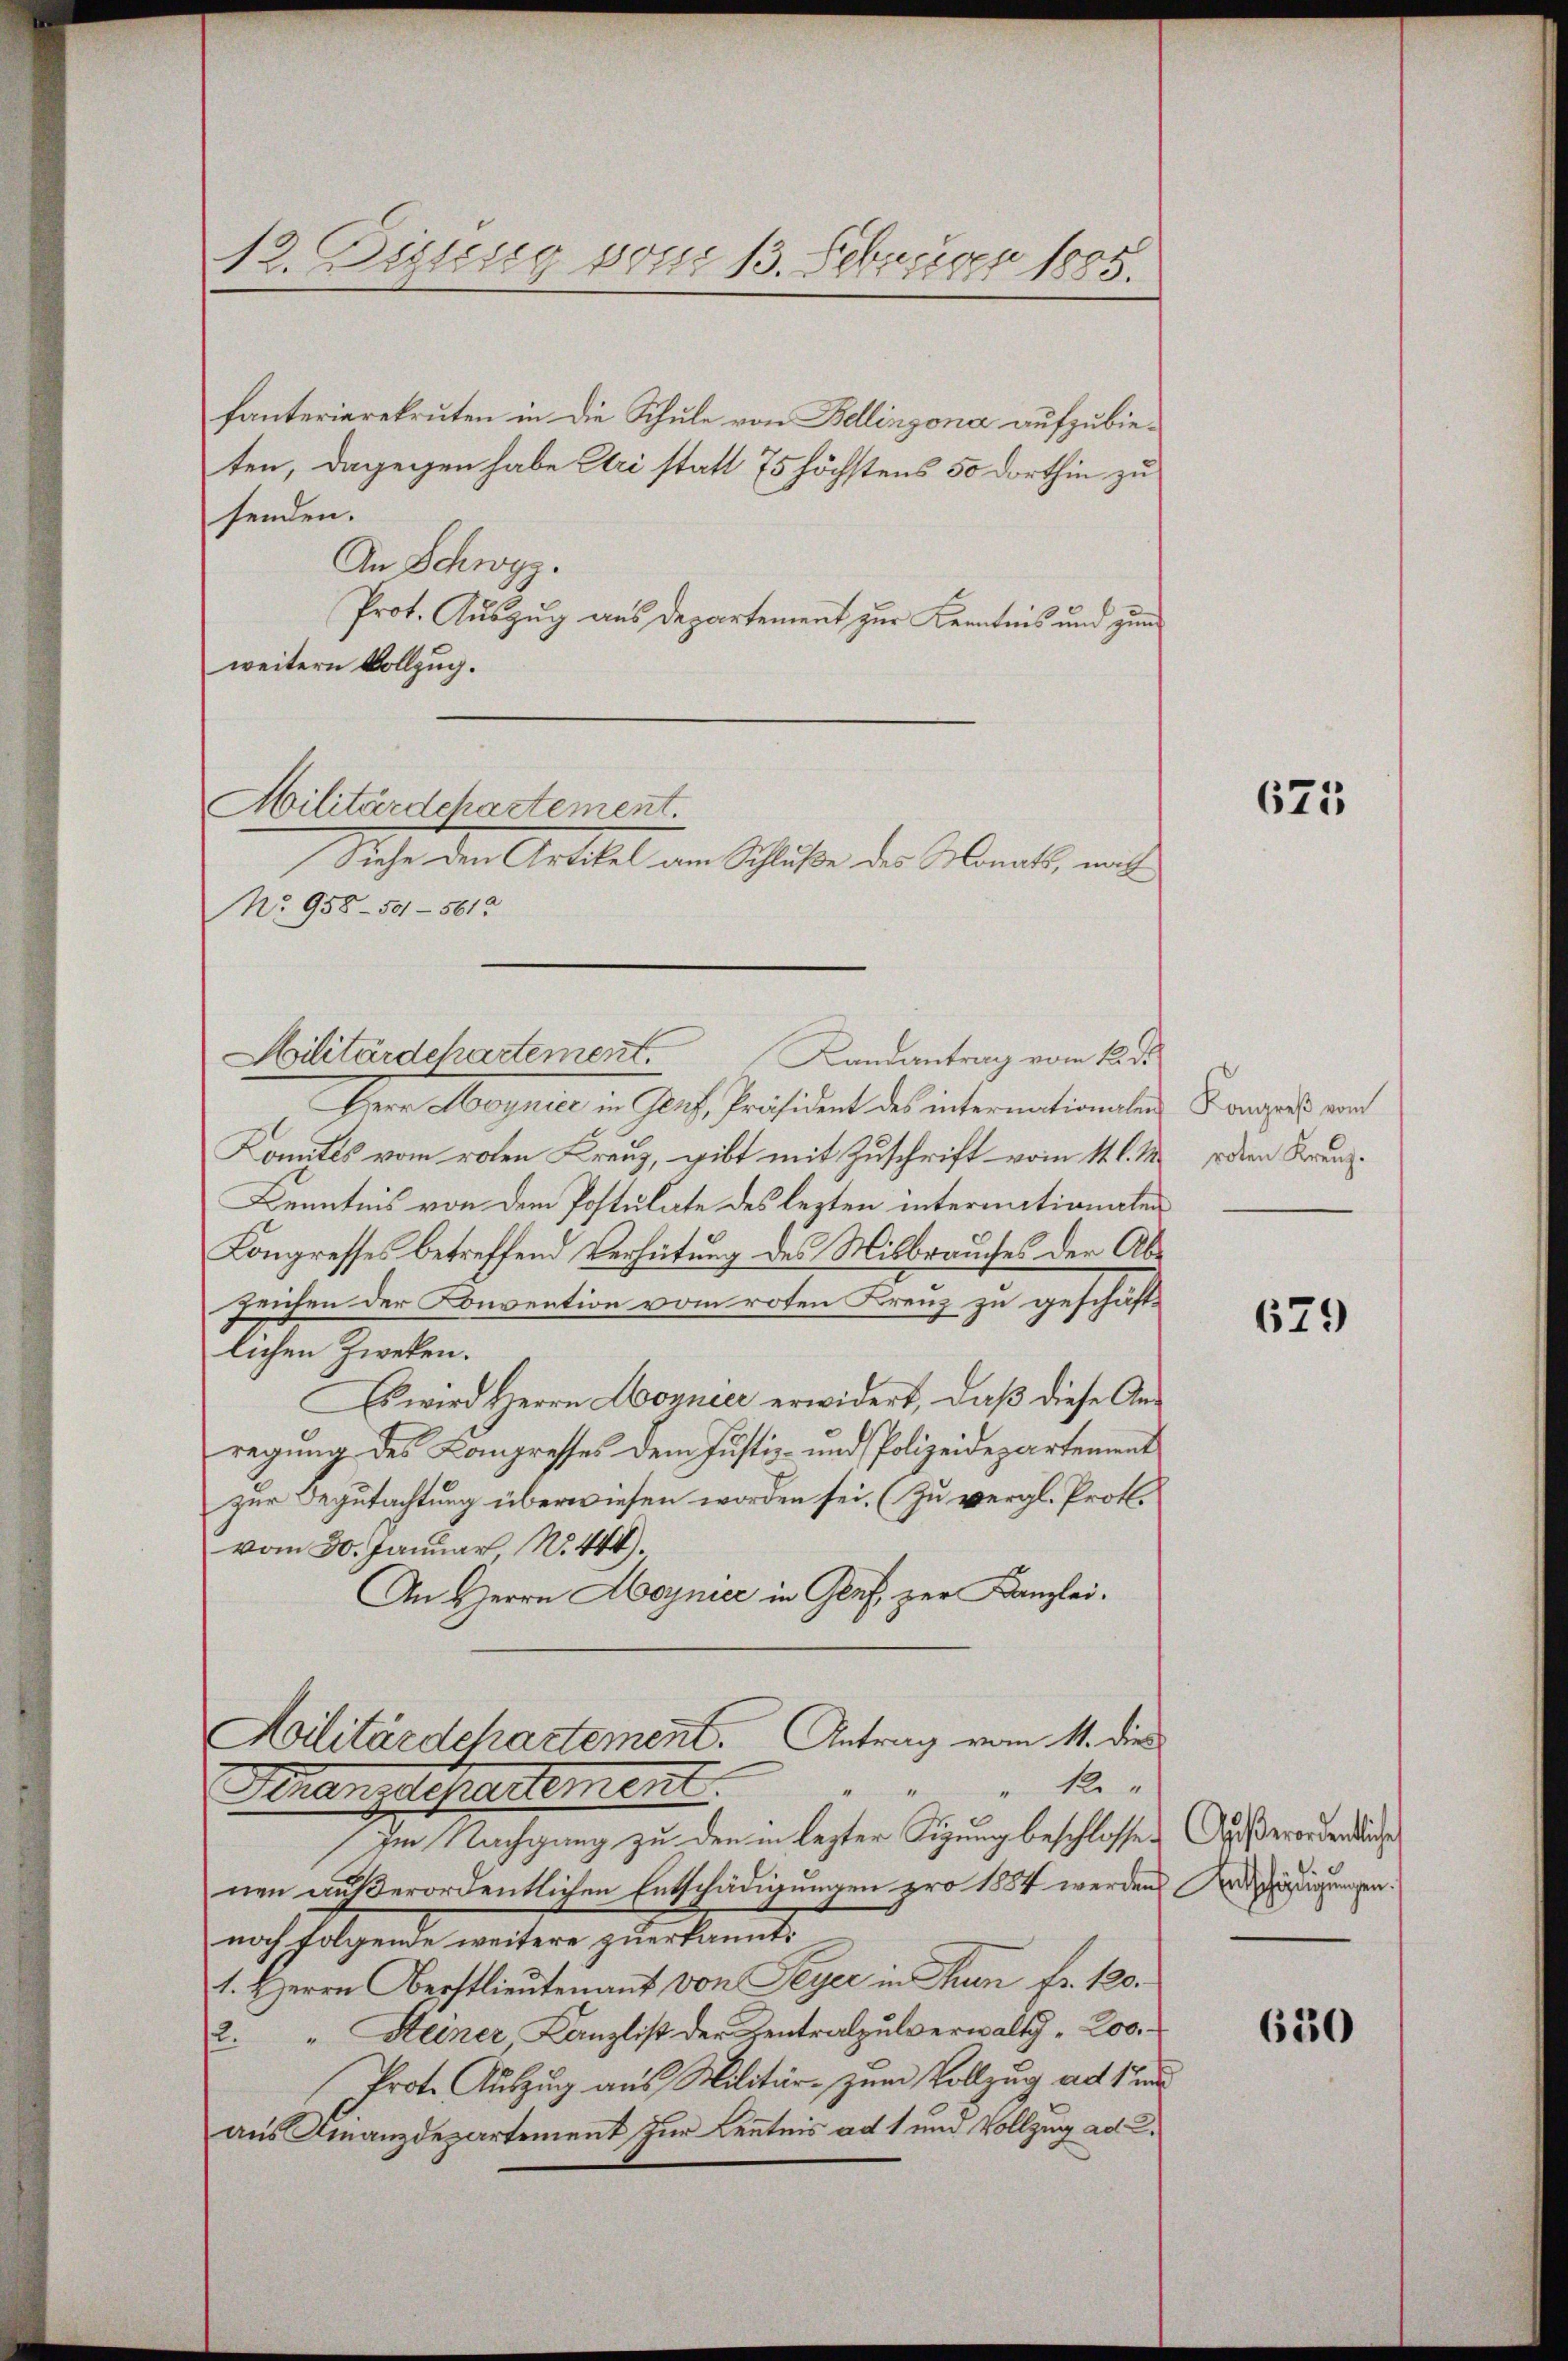
12. Deling vom 13. Februar 1885.

fanterierekruten in die Schule von Bellinzona aufzubieten, dagegen habe Eri statt 75 höchstens 50 dorthin zu
senden.
An Schwyz.
Prot. Auszug aus Departement zur Kenntnis und zum
weitern Vollzug.
Militärdchartement.
Sache den Artikel von Schluße der Monath, mich
No 958 - 501—5613
Hilitärdepartement.
Herr Magnie in Gleich Präsident des internationalen
Komites vom roten Kreuz, gibt mit Zuschrift vom 11. l. M.
Kenntnis von dem Postulate des lezten internationalen
Kongresses betreffend Verhütung des Mitbrauches der Ab¬
Zeichen der Konvention vom roten Krenz zu geschäftlichen Zweken.
Es wird Herrn Hoynier erwidert, daß diese Anregung des Compresses dem Justiz- und Polizeidepartement
zur Begutachtung überwiesen worden sei. (Zu vergl. Prof.
vom 30. Januar No. 444).
An Herrn Hoynier in Genf, zur Kanzlei¬
Militärdepartement. Antrag vom 11. die
".
“
Helengesartement.
Im Nachgang zu den in lezter Sigung beschlossen Außerorden auche
nen außerordentlichen Entschädigungen pro 1884 werden
noch folgende weitere zuerkannt:
1. Herrn Oberstlieutenant von Seyer in Thun fr. 120.
2. " Steiner Kanzlist der Zentralpulverwaltg , 200.
Prote Auszug aus Militär- zum Vollzug ad 1. und
aus Finanzdepartement zur Kenntnis ad 1 und Vollzug ad 2.

Kandantrag vom 12. d.

625

Kongreß vom
roten Kreuz.

679

Entschädigungen.

630